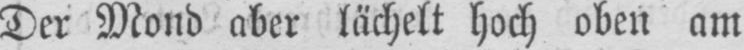
Der Mond aber lächelt hoch oben am